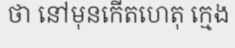
ថា នៅមុនកើតហេតុ ក្មេង